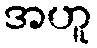
အဟူ